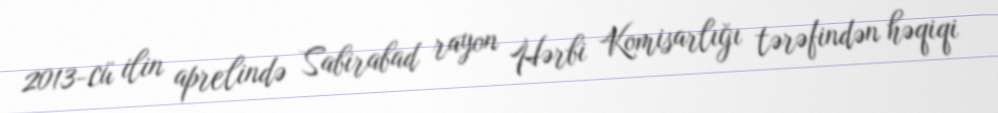
2013-cü ilin aprelində Sabirabad rayon Hərbi Komisarlığı tərəfindən həqiqi